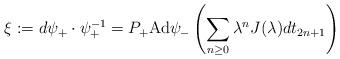
LaTeX: \begin{align*}\xi:=d\psi_+\cdot\psi_+^{-1}=P_+\mbox{Ad}\psi_-\left(\sum_{n\geq0}\lambda^nJ(\lambda)dt_{2n+1}\right)\end{align*}